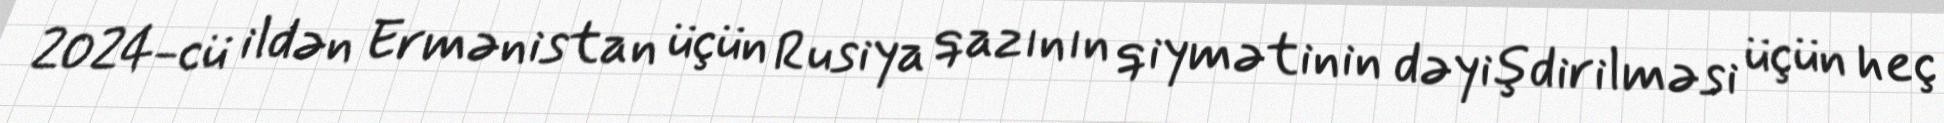
2024-cü ildən Ermənistan üçün Rusiya qazının qiymətinin dəyişdirilməsi üçün heç